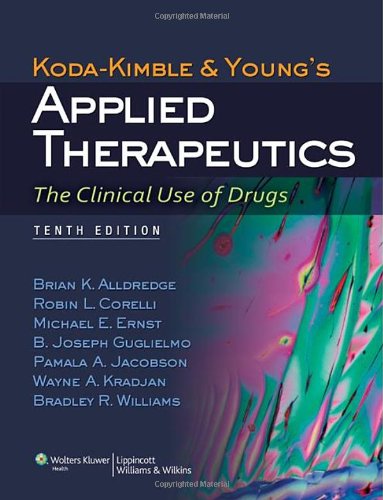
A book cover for Koda-Kimble and Young's Applied Therapeutics: The Clinical Use of Drugs; Brian K. Alldredge PharmD; Medical Books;